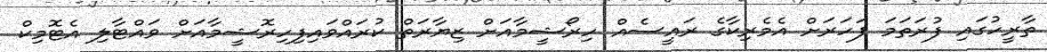
ތާރީހުގައި ފުރަތަމަ ފަހަރަށް އެމެރިކާގެ ރަައީސެއް ހިރޯޝީމާއަށް ޒިޔާރަތް ކުރައްވައިފިހިރޮޝީމާއަށް ވައްޓާލި އެޓޮމިކް